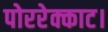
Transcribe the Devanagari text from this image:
पोररेक्काट।